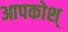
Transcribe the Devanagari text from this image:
आपकोश्